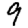
Digit: 9